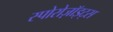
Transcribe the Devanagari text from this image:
स्पोरोज़ॉइट्स